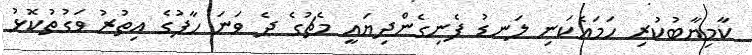
ކާމިޔާބުކުރި ހަމައެކަނި ލަނޑު ފެނިގެންދިޔައީ މެޗުގެ ދެ ވަނަ ހާފުގެ އިތުރު ވަގުތުކޮޅު